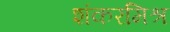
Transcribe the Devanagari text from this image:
शंकरमिश्र